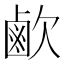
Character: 𣤓